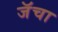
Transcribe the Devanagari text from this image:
जॅचा